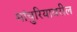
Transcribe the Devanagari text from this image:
मांचुरियावरील